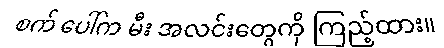
စက် ပေါ်က မီး အလင်းတွေကို ကြည့်ထား။